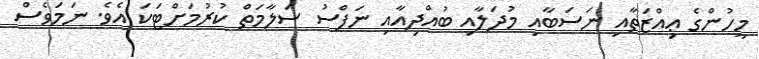
މީހުންގެ ޢިއްޒަތާއި ނަސަބާއި މުދަލާއި ބުއްދިއާއި ނަފްސު ސަލާމަތް ކުރުމަށްޓަކަ އެވެ. ނަމަވެސް